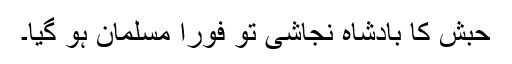
حبش کا بادشاہ نجاشی تو فوراً مسلمان ہو گیا۔